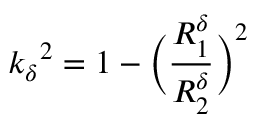
{ k _ { \delta } } ^ { 2 } = 1 - \bigg ( \frac { R _ { 1 } ^ { \delta } } { R _ { 2 } ^ { \delta } } \bigg ) ^ { 2 }